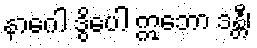
နာဂေါ ဒွိပေါ ဣဘော ဒန္တီ၊